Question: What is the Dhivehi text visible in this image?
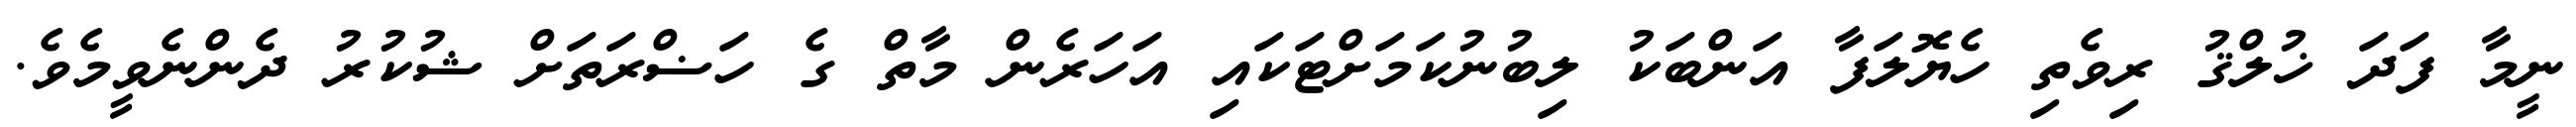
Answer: ނީމާ ފަދަ ޚުލްޤު ރިވެތި ހެޔޮލަފާ އަންބަކު ލިބުނުކަމަށްޓަކައި އަހަރެން މާތް ގެ ހަޟްރަތަށް ޝުކުރު ދެންނެވީމެވެ.